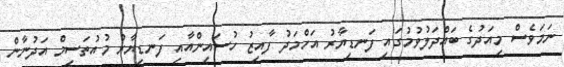
ނަމަވެސް މިއަދުގެ ބައްދަލުވުމުގައި ފަނޑިޔާރު އަހްމަދު ފާއިޒު ހުސައިންއާއި ފަނޑިޔާރު މުއުތަސިމް އަދުނާން